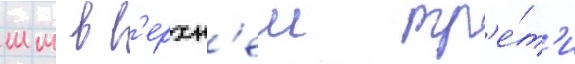
мм в в'ерхн'еи тр'е́т'и